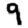
Digit: 9